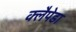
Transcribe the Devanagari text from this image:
क्लैपेडा